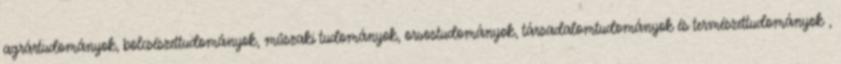
agrártudományok, bölcsészettudományok, mûszaki tudományok, orvostudományok, társadalomtudományok és természettudományok ,